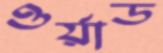
ওর্য়াড